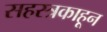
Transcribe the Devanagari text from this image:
सहस्त्रकाहून